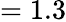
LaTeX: =1.3